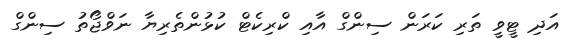
އަދި ޓީވީ ތަރި ކަރަން ސިންގް އާއި ކްރިކެޓް ކުޅުންތެރިޔާ ނަވްޖޯތު ސިންގް